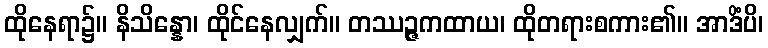
ထိုနေရာ၌။ နိသိန္နော၊ ထိုင်နေလျှက်။ တဿဉ္ဇကထာယ၊ ထိုတရားစကား၏။ အာဒိံပိ၊